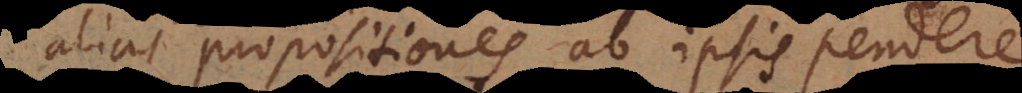
alias propositiones ab ipsis pendere,